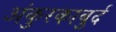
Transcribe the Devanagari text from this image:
अंकुरकाबुर्द